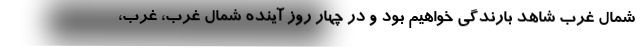
شمال غرب شاهد بارندگی خواهیم بود و در چهار روز آینده شمال غرب، غرب،